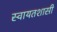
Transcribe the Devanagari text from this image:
स्वायतशासी